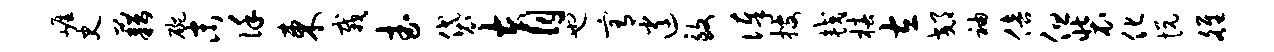
崖史藉碗末谨东栽武袋育也宥逍致俸搜较椿左郊袖倍但装化悦雒